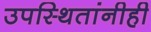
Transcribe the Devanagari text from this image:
उपस्थितांनीही